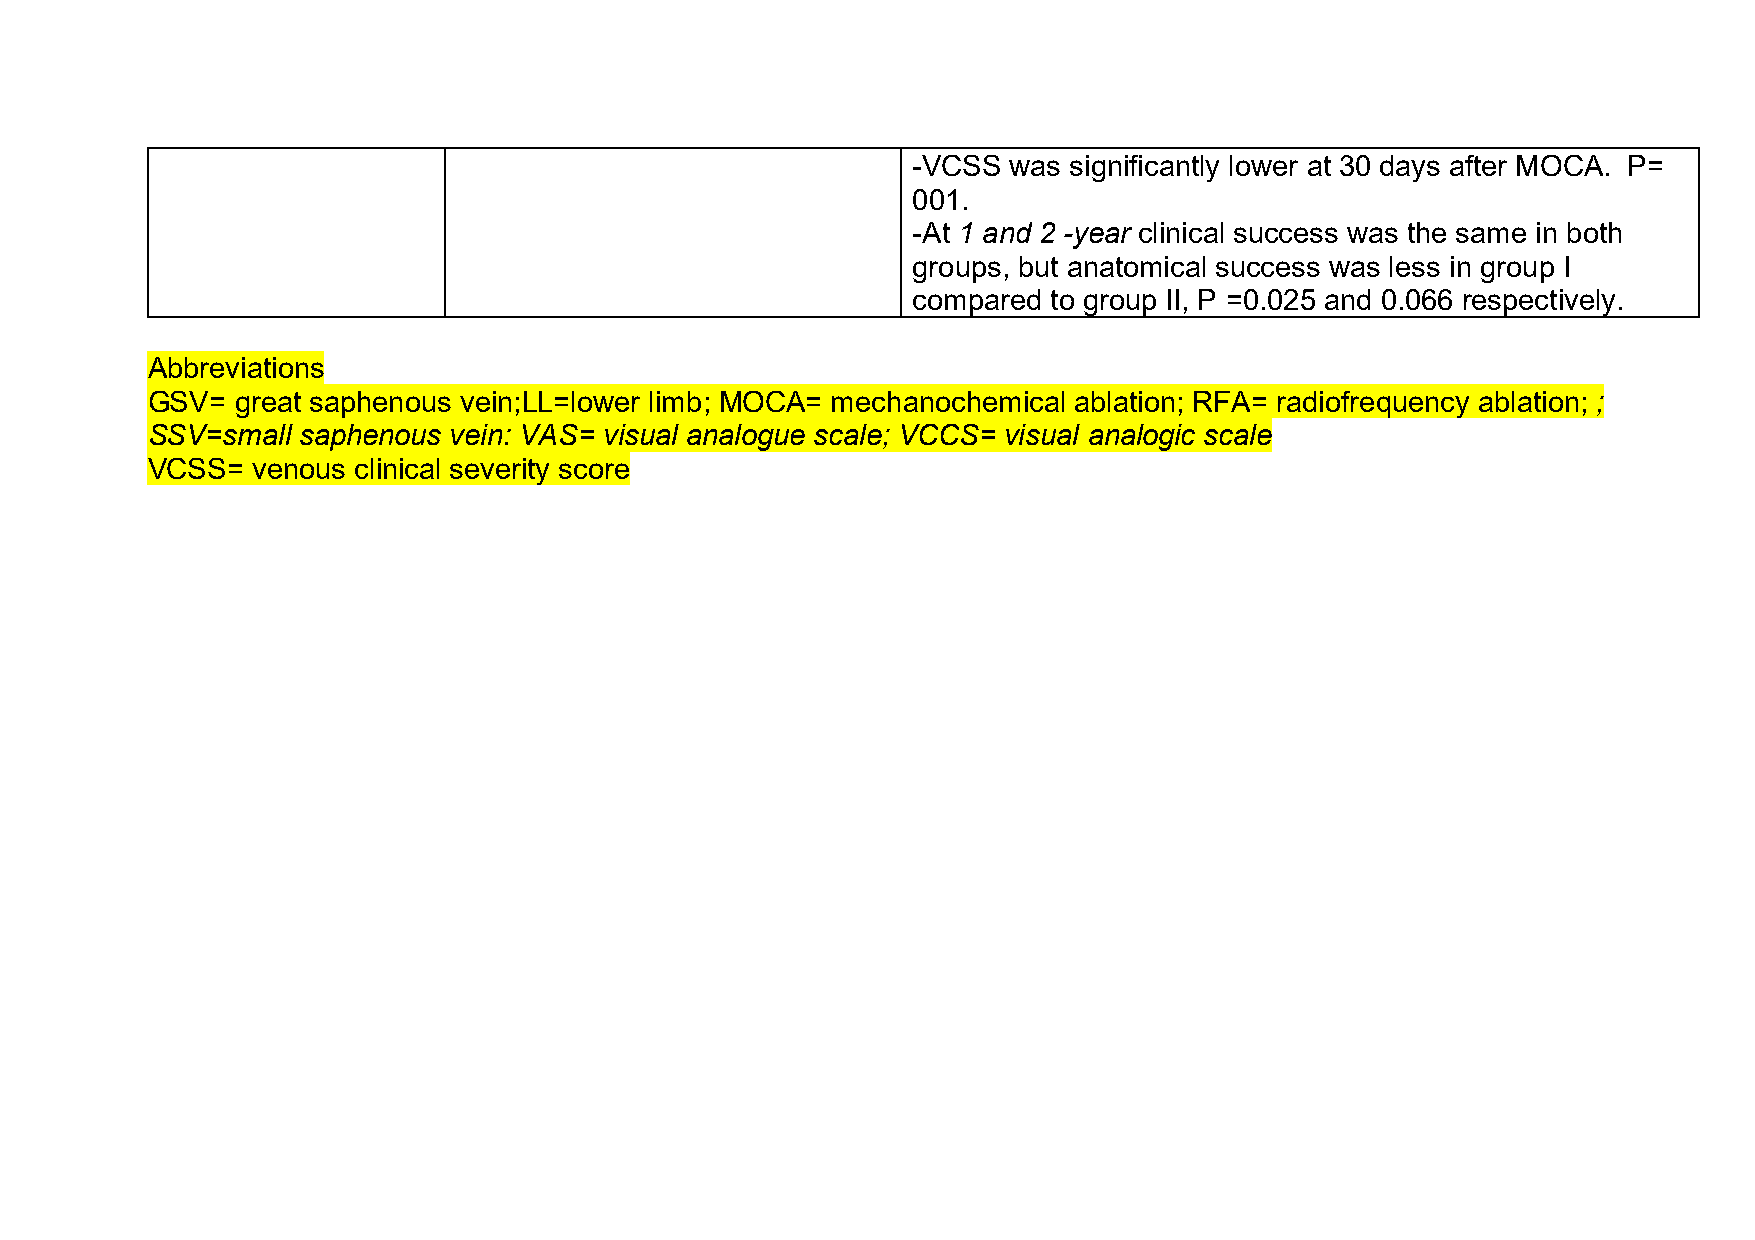
-VCSS  was significantly lower at 30 days after MOCA. P=
 001.
 -At 1 and 2 -year clinical success was the same in both
 groups, but anatomical success was less in group I
 compared  to group II, P =0.025 and 0.066 respectively.
 Abbreviations
 GSV=  great saphenous vein;LL=lower limb; MOCA= mechanochemical ablation; RFA= radiofrequency ablation; ;
 SSV=small saphenous vein: VAS= visual analogue scale; VCCS= visual analogic scale
 VCSS=  venous clinical severity score